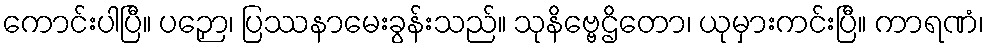
ကောင်းပါပြီ။ ပဉှော၊ ပြဿနာမေးခွန်းသည်။ သုနိဗ္ဗေဌိတော၊ ယုမှားကင်းပြီ။ ကာရဏံ၊